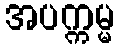
အပက္ကမ္မ